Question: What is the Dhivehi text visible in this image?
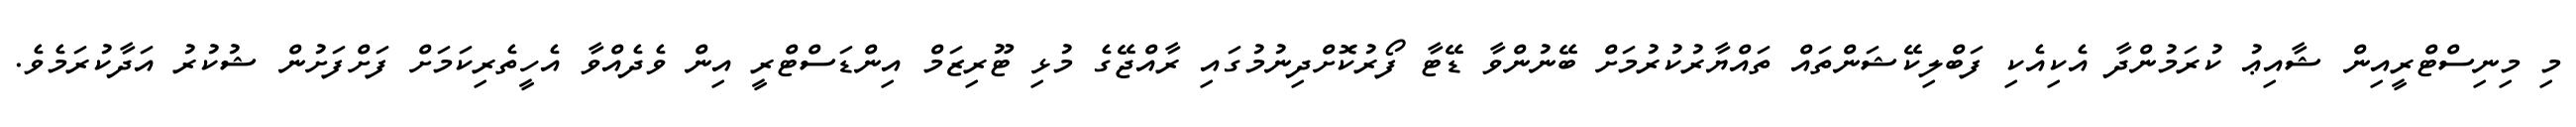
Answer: މި މިނިސްޓްރީއިން ޝާއިޢު ކުރަމުންދާ އެކިއެކި ފަބްލިކޭޝަންތައް ތައްޔާރުކުރުމަށް ބޭނުންވާ ޑޭޓާ ފޯރުކޮށްދިނުމުގައި ރާއްޖޭގެ މުޅި ޓޫރިޒަމް އިންޑަސްޓްރީ އިން ވެދެއްވާ އެހީތެރިކަމަށް ފަށްފަށުން ޝުކުރު އަދާކުރަމެވެ.